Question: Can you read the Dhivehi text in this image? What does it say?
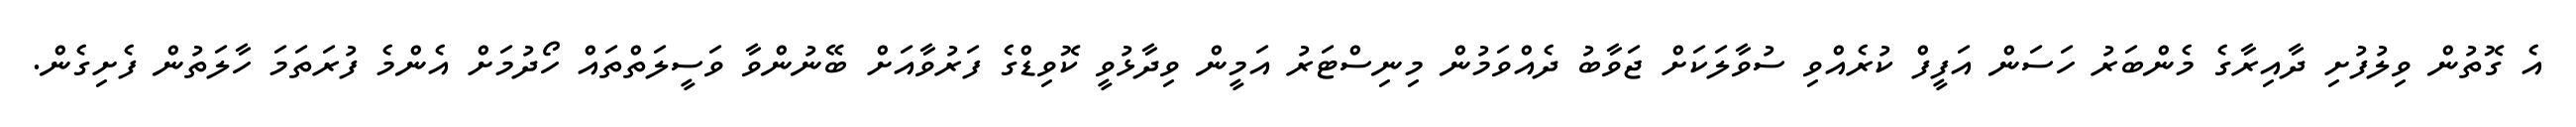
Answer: އެ ގޮތުން ވިލުފުށި ދާއިރާގެ މެންބަރު ހަސަން އަފީފް ކުރެއްވި ސުވާލަކަށް ޖަވާބު ދެއްވަމުން މިނިސްޓަރު އަމީން ވިދާޅުވީ ކޮވިޑްގެ ފަރުވާއަށް ބޭނުންވާ ވަސީލަތްތައް ހޯދުމަށް އެންމެ ފުރަތަމަ ހާލަތުން ފެށިގެން.